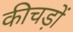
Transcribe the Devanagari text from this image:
कीचड़ों